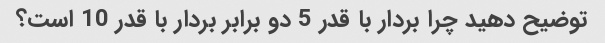
توضیح دهید چرا بردار با قدر 5 دو برابر بردار با قدر 10 است؟